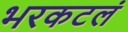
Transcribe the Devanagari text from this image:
भरकटलं